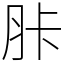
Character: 胩